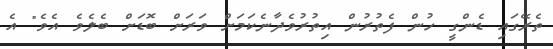
ތެރޭގައި ޑެންގީ ހުން ފެތުރުން އިތުރުވެދާނެކަމަށް ވަރަށް ބޮޑަށް ބެލެވެ އެވެ" އެ